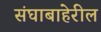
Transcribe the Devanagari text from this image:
संघाबाहेरील